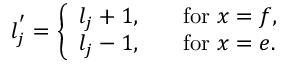
l _ { j } ^ { ' } = \left\{ \begin{array} { l l } { { l _ { j } + 1 , } } & { { \quad \mathrm { f o r } \ x = f , } } \\ { { l _ { j } - 1 , } } & { { \quad \mathrm { f o r } \ x = e . } } \end{array} \right.